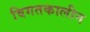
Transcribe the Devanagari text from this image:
विगतकालीन